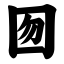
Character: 囫